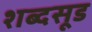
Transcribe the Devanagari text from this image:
शब्दसूड